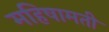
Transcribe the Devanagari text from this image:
महिषामती